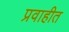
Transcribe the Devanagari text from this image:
प्रवाहीत